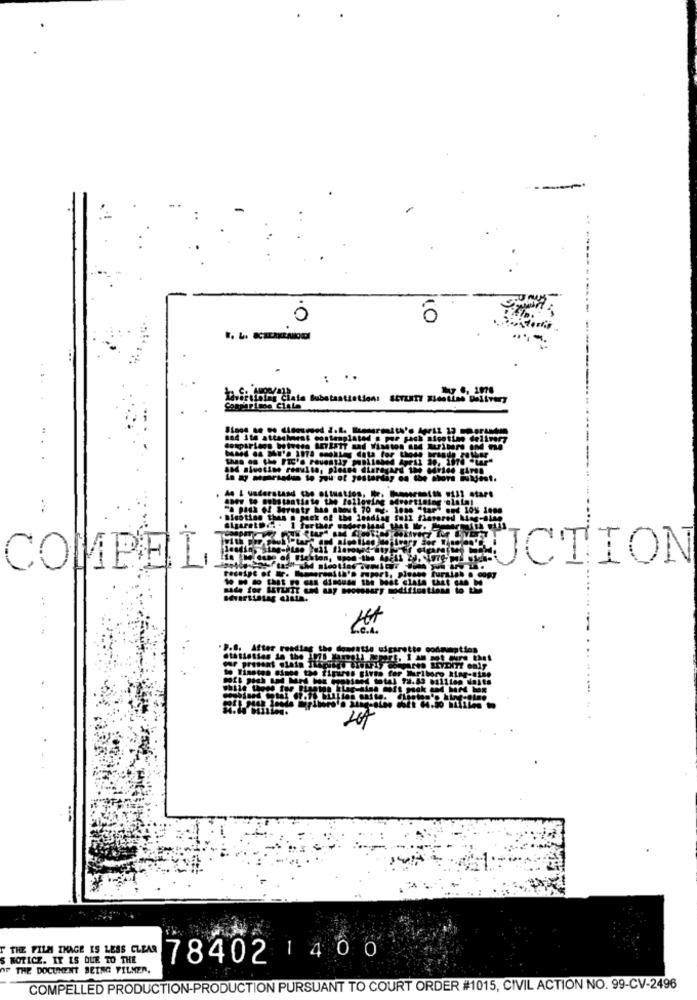
10
: ..
Tavsitining Ciata Substantiation:
at contemplated o por pack nicetime delivery
178 cookies data for those hrsgde rother
to you of yesterday on the Shore iukjest.
Utst.
che situaties, Itr. howreith 111 start
ate the following sevortining .olafat
stars
AUCTION
1-1
COMPEL
16H
16
F THE FILM IHAGE IS LESS CLEAR
S NOTICE. IT IS DUE TO THE
78402 1400
OF THE DOCUMENT BETHO FILMER.
COMPELLED PRODUCTION-PRODUCTION PURSUANT TO COURT ORDER #1015, CIVIL ACTION NO. 99-CV-2496